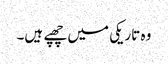
وہ تاریکی میں چھپے ہیں۔